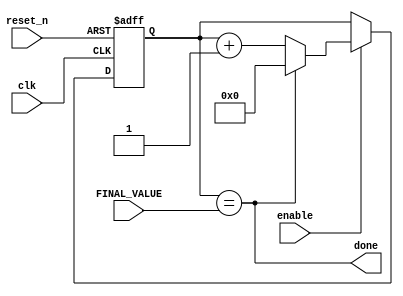
module timer_input
    #(parameter BITS = 4) (
    input clk,
    input reset_n,
    input enable,
    input [BITS-1:0] FINAL_VALUE,
    output done
    );
    
    reg [BITS-1:0] Q_reg, Q_next;
    wire done; // if asserted then it is done counting
    always@(posedge clk, negedge reset_n)
    begin
        if(~reset_n)
            Q_reg <= 'b0;
        else if(enable)
            Q_reg <= Q_next; 
        else
            Q_reg <= Q_reg;         
    end
    
    // Next State logic
    assign done = Q_reg ==FINAL_VALUE;
    
    always@(*)
        Q_next = done ? 'b0: Q_reg + 1; //if done = 1, Q_ next is 0 and count is reset, else keep counting until done
    

        
endmodule